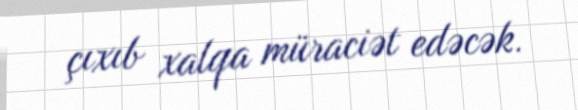
çıxıb xalqa müraciət edəcək.